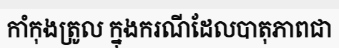
កាំកុងត្រូល ក្នុងករណីដែលបាតុភាពជា